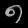
Digit: ၈